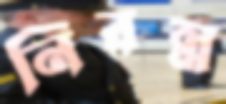
নিরন্ন